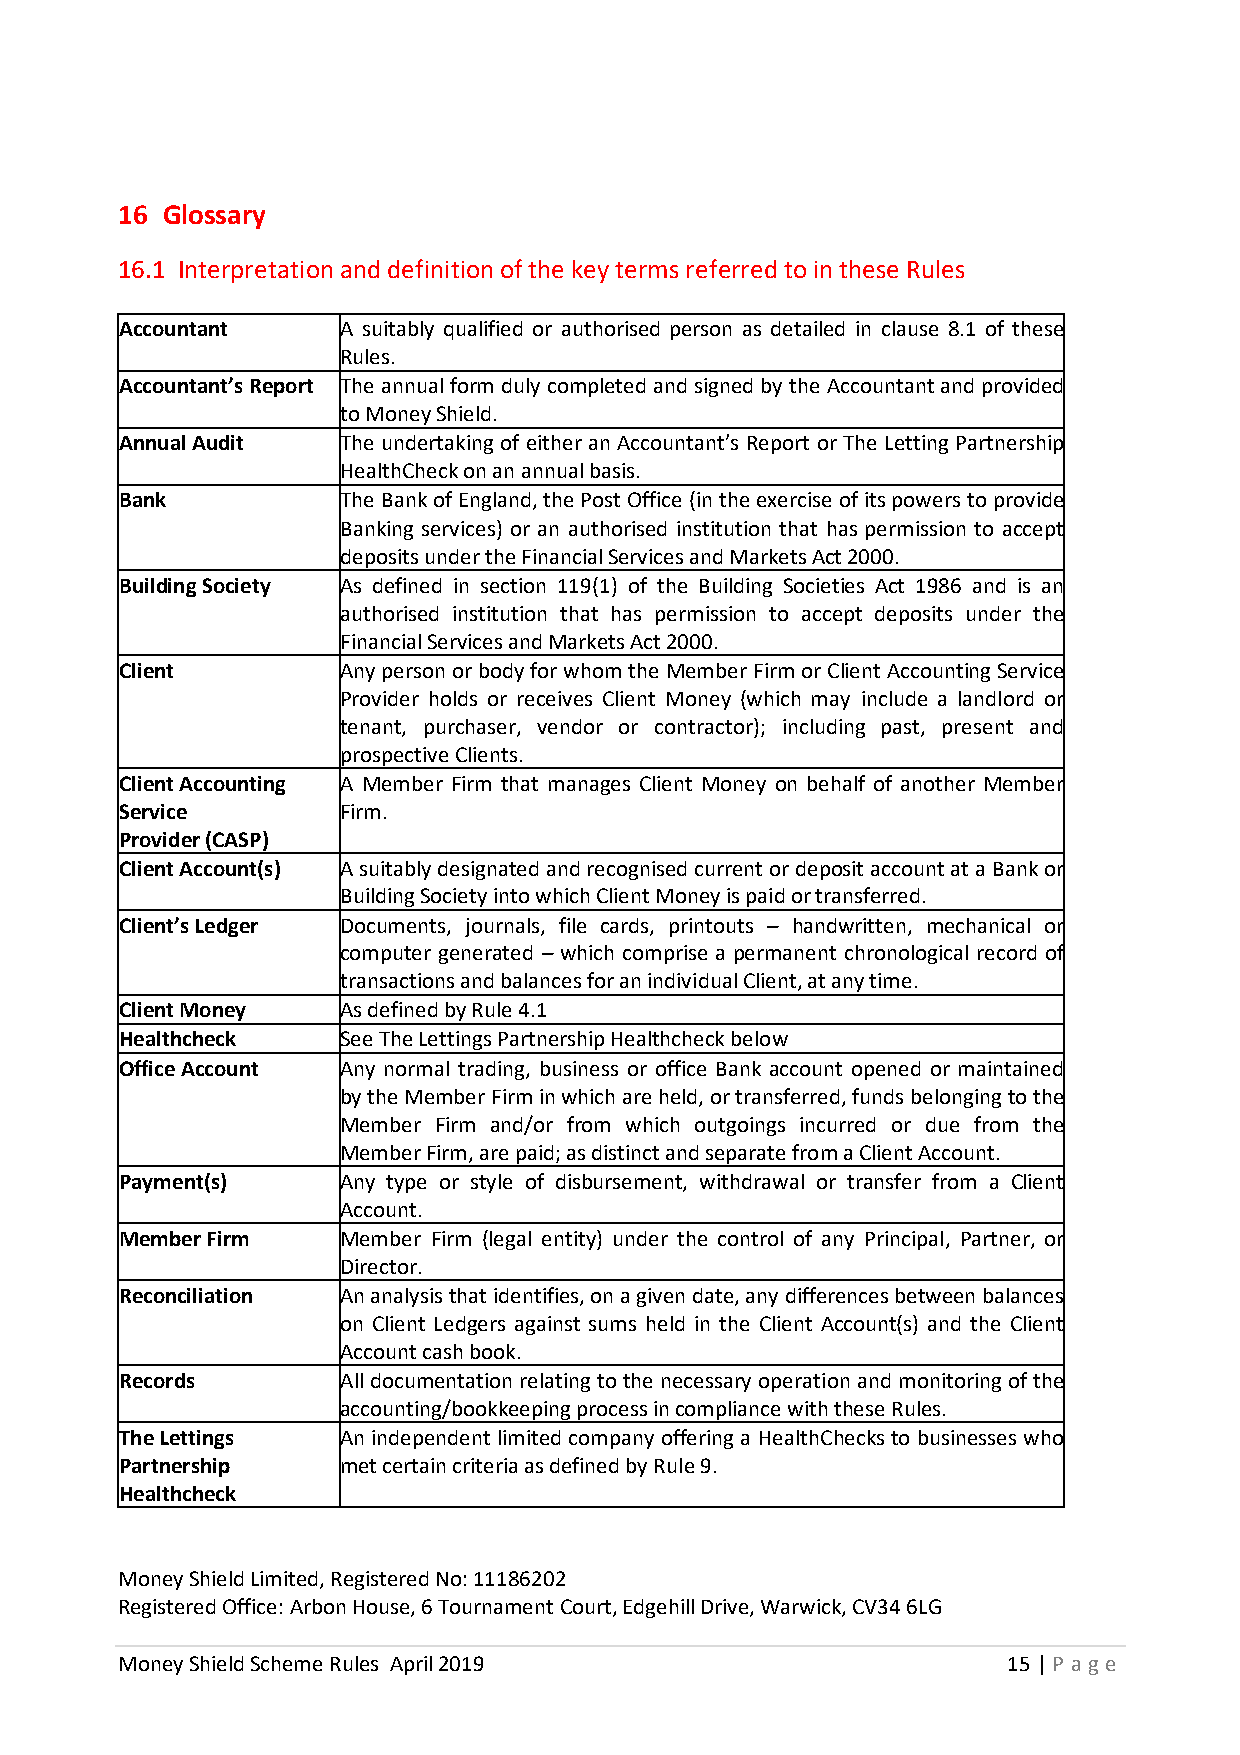
16 Glossary
 16.1 Interpretation and definition of the key terms referred to in these Rules
 Accountant     A suitably qualified or authorised person as detailed in clause 8.1 of these
 Rules.
 Accountant’s Report The annual form duly completed and signed by the Accountant and provided
 to Money Shield.
 Annual Audit   The undertaking of either an Accountant’s Report or The Letting Partnership
 HealthCheck on an annual basis.
 Bank           The Bank of England, the Post Office (in the exercise of its powers to provide
 Banking services) or an authorised institution that has permission to accept
 deposits under the Financial Services and Markets Act 2000.
 Building Society As defined in section 119(1) of the Building Societies Act 1986 and is an
 authorised institution that has permission to accept deposits under the
 Financial Services and Markets Act 2000.
 Client         Any person or body for whom the Member Firm or Client Accounting Service
 Provider holds or receives Client Money (which may include a landlord or
 tenant, purchaser, vendor or contractor); including past, present and
 prospective Clients.
 Client Accounting A Member Firm that manages Client Money on behalf of another Member
 Service        Firm.
 Provider (CASP)
 Client Account(s) A suitably designated and recognised current or deposit account at a Bank or
 Building Society into which Client Money is paid or transferred.
 Client’s Ledger Documents, journals, file cards, printouts – handwritten, mechanical or
 computer generated – which comprise a permanent chronological record of
 transactions and balances for an individual Client, at any time.
 Client Money   As defined by Rule 4.1
 Healthcheck    See The Lettings Partnership Healthcheck below
 Office Account Any normal trading, business or office Bank account opened or maintained
 by the Member Firm in which are held, or transferred, funds belonging to the
 Member Firm and/or from which outgoings incurred or due from the
 Member Firm, are paid; as distinct and separate from a Client Account.
 Payment(s)     Any type or style of disbursement, withdrawal or transfer from a Client
 Account.
 Member Firm    Member Firm (legal entity) under the control of any Principal, Partner, or
 Director.
 Reconciliation An analysis that identifies, on a given date, any differences between balances
 on Client Ledgers against sums held in the Client Account(s) and the Client
 Account cash book.
 Records        All documentation relating to the necessary operation and monitoring of the
 accounting/bookkeeping process in compliance with these Rules.
 The Lettings   An independent limited company offering a HealthChecks to businesses who
 Partnership    met certain criteria as defined by Rule 9.
 Healthcheck
 Money Shield Limited, Registered No: 11186202
 Registered Office: Arbon House, 6 Tournament Court, Edgehill Drive, Warwick, CV34 6LG
 Money Shield Scheme Rules April 2019                       15 | P age